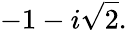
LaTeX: -1-i{\sqrt{2}}.